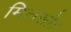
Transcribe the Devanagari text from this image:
मिलसी।